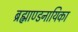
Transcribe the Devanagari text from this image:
ब्रह्माण्डनायिका